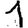
Digit: 1